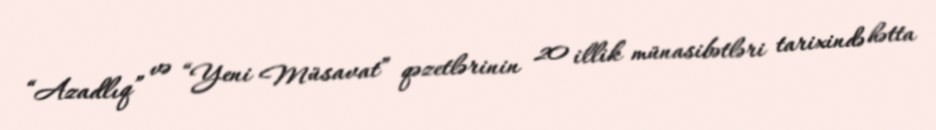
“Azadlıq” və “Yeni Müsavat” qəzetlərinin 20 illik münasibətləri tarixində hətta